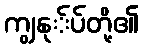
ကျွနု်ပ်တို့၏